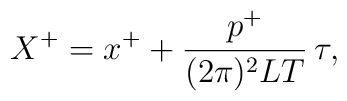
X^{+}=x^+ + \frac{p^+}{(2\pi)^2 LT}\,\tau,